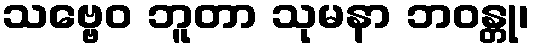
သဗ္ဗေဝ ဘူတာ သုမနာ ဘဝန္တု၊